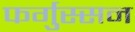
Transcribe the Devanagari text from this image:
फर्गुस्सन